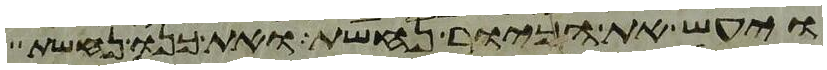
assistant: ויעש את הכיור נחשת ואת כנו נחשת